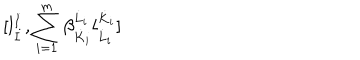
\lbrack l _ { \dot { I } } ^ { \dot { I } } , \sum _ { i = 1 } ^ { m } \beta _ { \dot { K } _ { i } } ^ { \dot { L } _ { i } } l _ { \dot { L } _ { i } } ^ { \dot { K } _ { i } } \rbrack